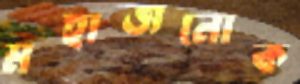
মহাজনোক